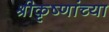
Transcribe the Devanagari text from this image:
श्रीकृष्णांच्या